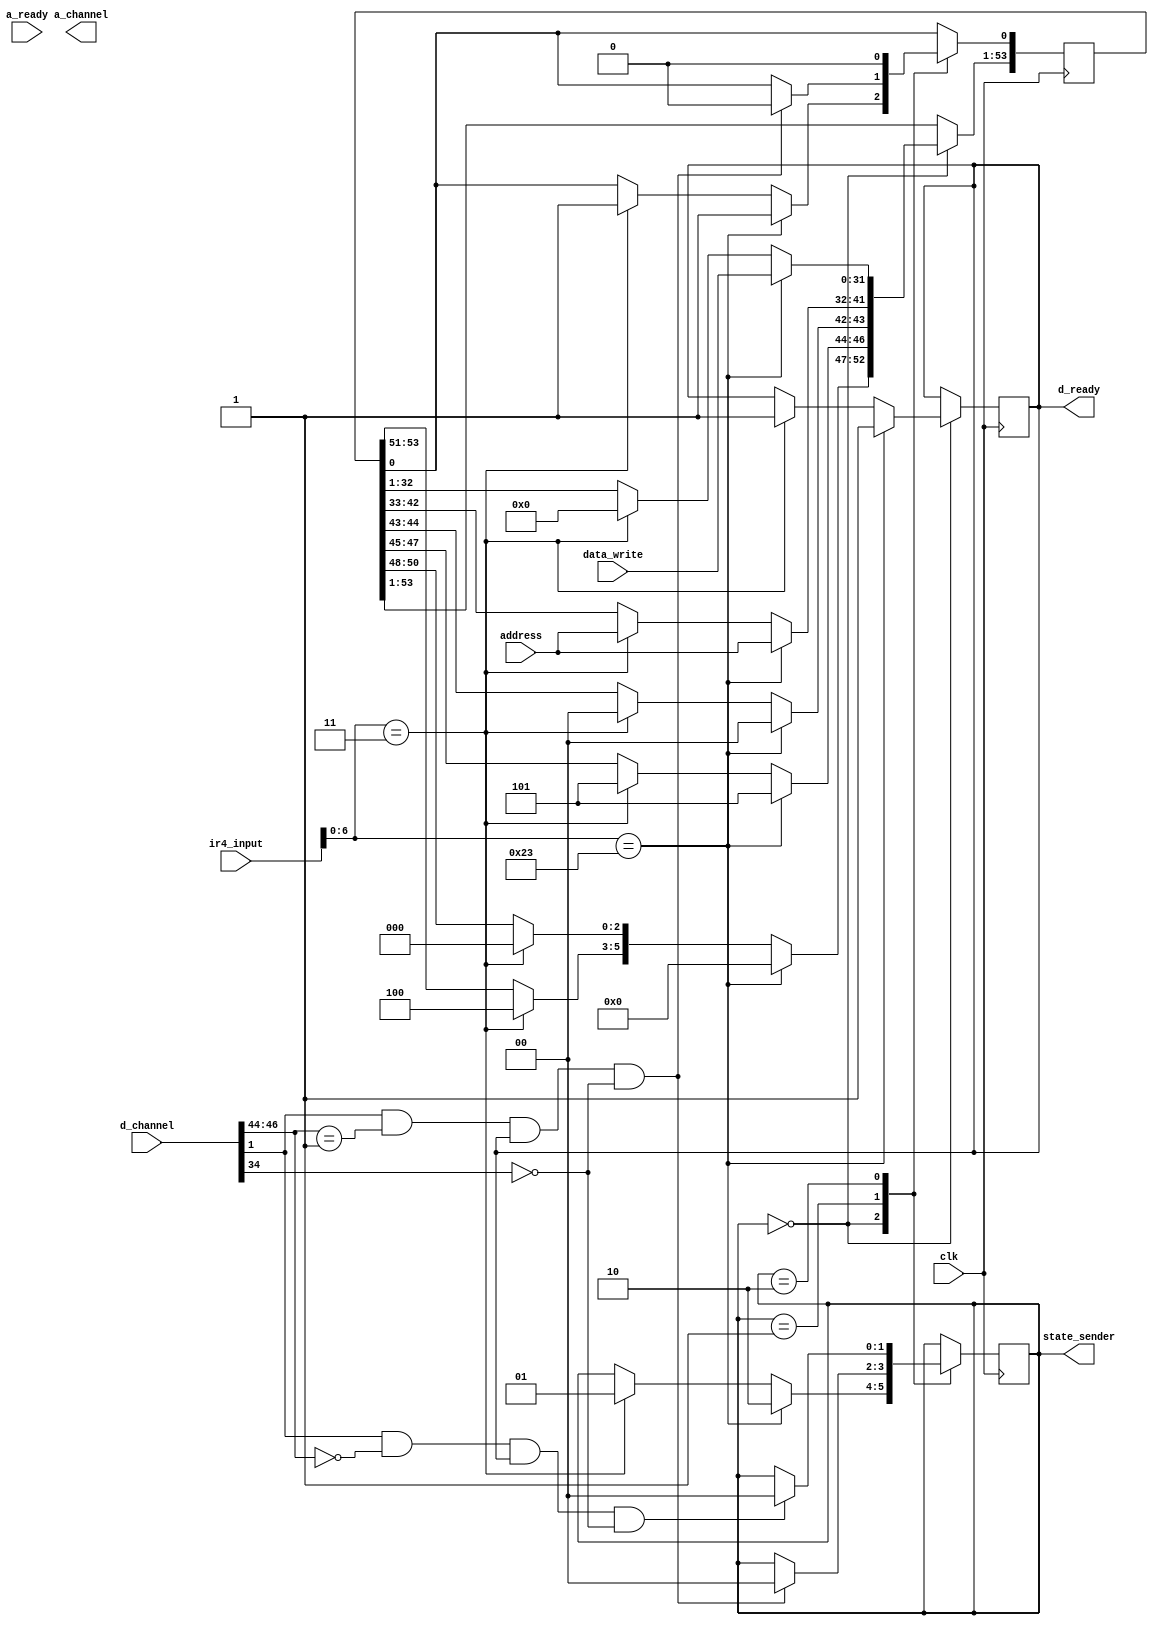
module sender(clk,ir4_input,state_sender,a_channel,d_channel,address,data_write,d_ready,a_ready); //ir4_input input to memory_stage //ir4_input[6:0] 0000011 - LW 
	
	input[31:0] data_write;
	input[9:0] address;  //address for memory access (write or read)
	input clk;									//ir4_input[6:0] 0100011 - SW
	input[31:0] ir4_input;
	output[1:0] state_sender;
	output[54:0] a_channel;
	input[46:0] d_channel;
	reg[1:0] state_sender;
	reg[54:0] a_channel;
	output d_ready;
	input a_ready;
	reg d_ready;
//[54:52] a_opcode   //[51:49] a_param   //[48:46] a_size //[45:44] a_source //[43:34] a_address //[33:2] a_data //[1] a_valid  //[0] a_ready
//[46:44] d_opcode //[43:42] d_param  //[41:37] d_size //[36:35] d_source   //[34] d_error  //[33:2] d_data //[1] d_valid //[0] d_ready

always@(posedge clk)
		begin
			case(state_sender)
				0:begin
					if(ir4_input[6:0]==7'b0000011)     //LW
						begin
							state_sender = 1;
							a_channel[54:52] = 3'b100;  //a_opcode
							a_channel[51:49] = 3'b000;  //a_param
							a_channel[48:46] = 3'b101;  //a_size
							a_channel[45:44] = 2'b0;  //a_source
							a_channel[43:34] = address; //a_address
							a_channel[33:2] = 32'b0;   //a_data
							a_channel[1] = 	1'b1;   	//a_valid
							d_ready =  1'b1;  	//d_ready //when you are sending you should be ready for receiving ack req for link
						end
					
					if(ir4_input[6:0]==7'b0100011)     //SW
						begin
							state_sender = 2;
							a_channel[54:52] = 3'b000;	     //a_opcode
							a_channel[54:49] =	3'b000;     //a_param
							a_channel[48:46] =	3'b101;     //a_size
							a_channel[45:44] =	2'b0;        //a_source
							a_channel[43:34] = 	address;    //a_address
							a_channel[33:2]  =	data_write; //a_data
							a_channel[1] =		1'b1;       //a_valid
							d_ready =      1'b1;        //d_ready  //when you are sending you should be ready for receiving ack req for link
						end
				  end	
				1: begin     						//wait for ack of LW
						if(d_channel[1]==1'b1&&d_channel[46:44]==3'b001&&d_ready==1&&d_channel[34]!=1)  // correct ack and ready to accept ack
						begin 																			//error should not be 1 on d_channel
							state_sender = 0;
							a_channel[1] = 1'b0;        //a_valid        //valid has to be brought to 0;
						end

				   end
				2:   begin
						if(d_channel[1]==1'b1&&d_channel[46:44]==3'b000&&d_ready==1&&d_channel[34]!=1)
							state_sender = 0;
				     		a_channel[1] = 1'b0;
					 end//wait for ack of SW
			endcase
		end
endmodule